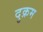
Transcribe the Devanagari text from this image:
दुक्रम